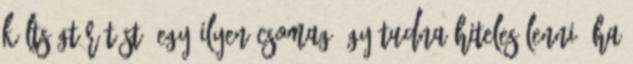
költségtérítést. Egy ilyen csomag úgy tudna hiteles lenni, ha